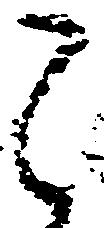
之